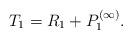
LaTeX: \begin{align*}& T_{1} = R_{1} + P_{1}^{(\infty)}.\end{align*}